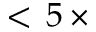
< \, 5 \, \times